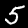
Label: 5